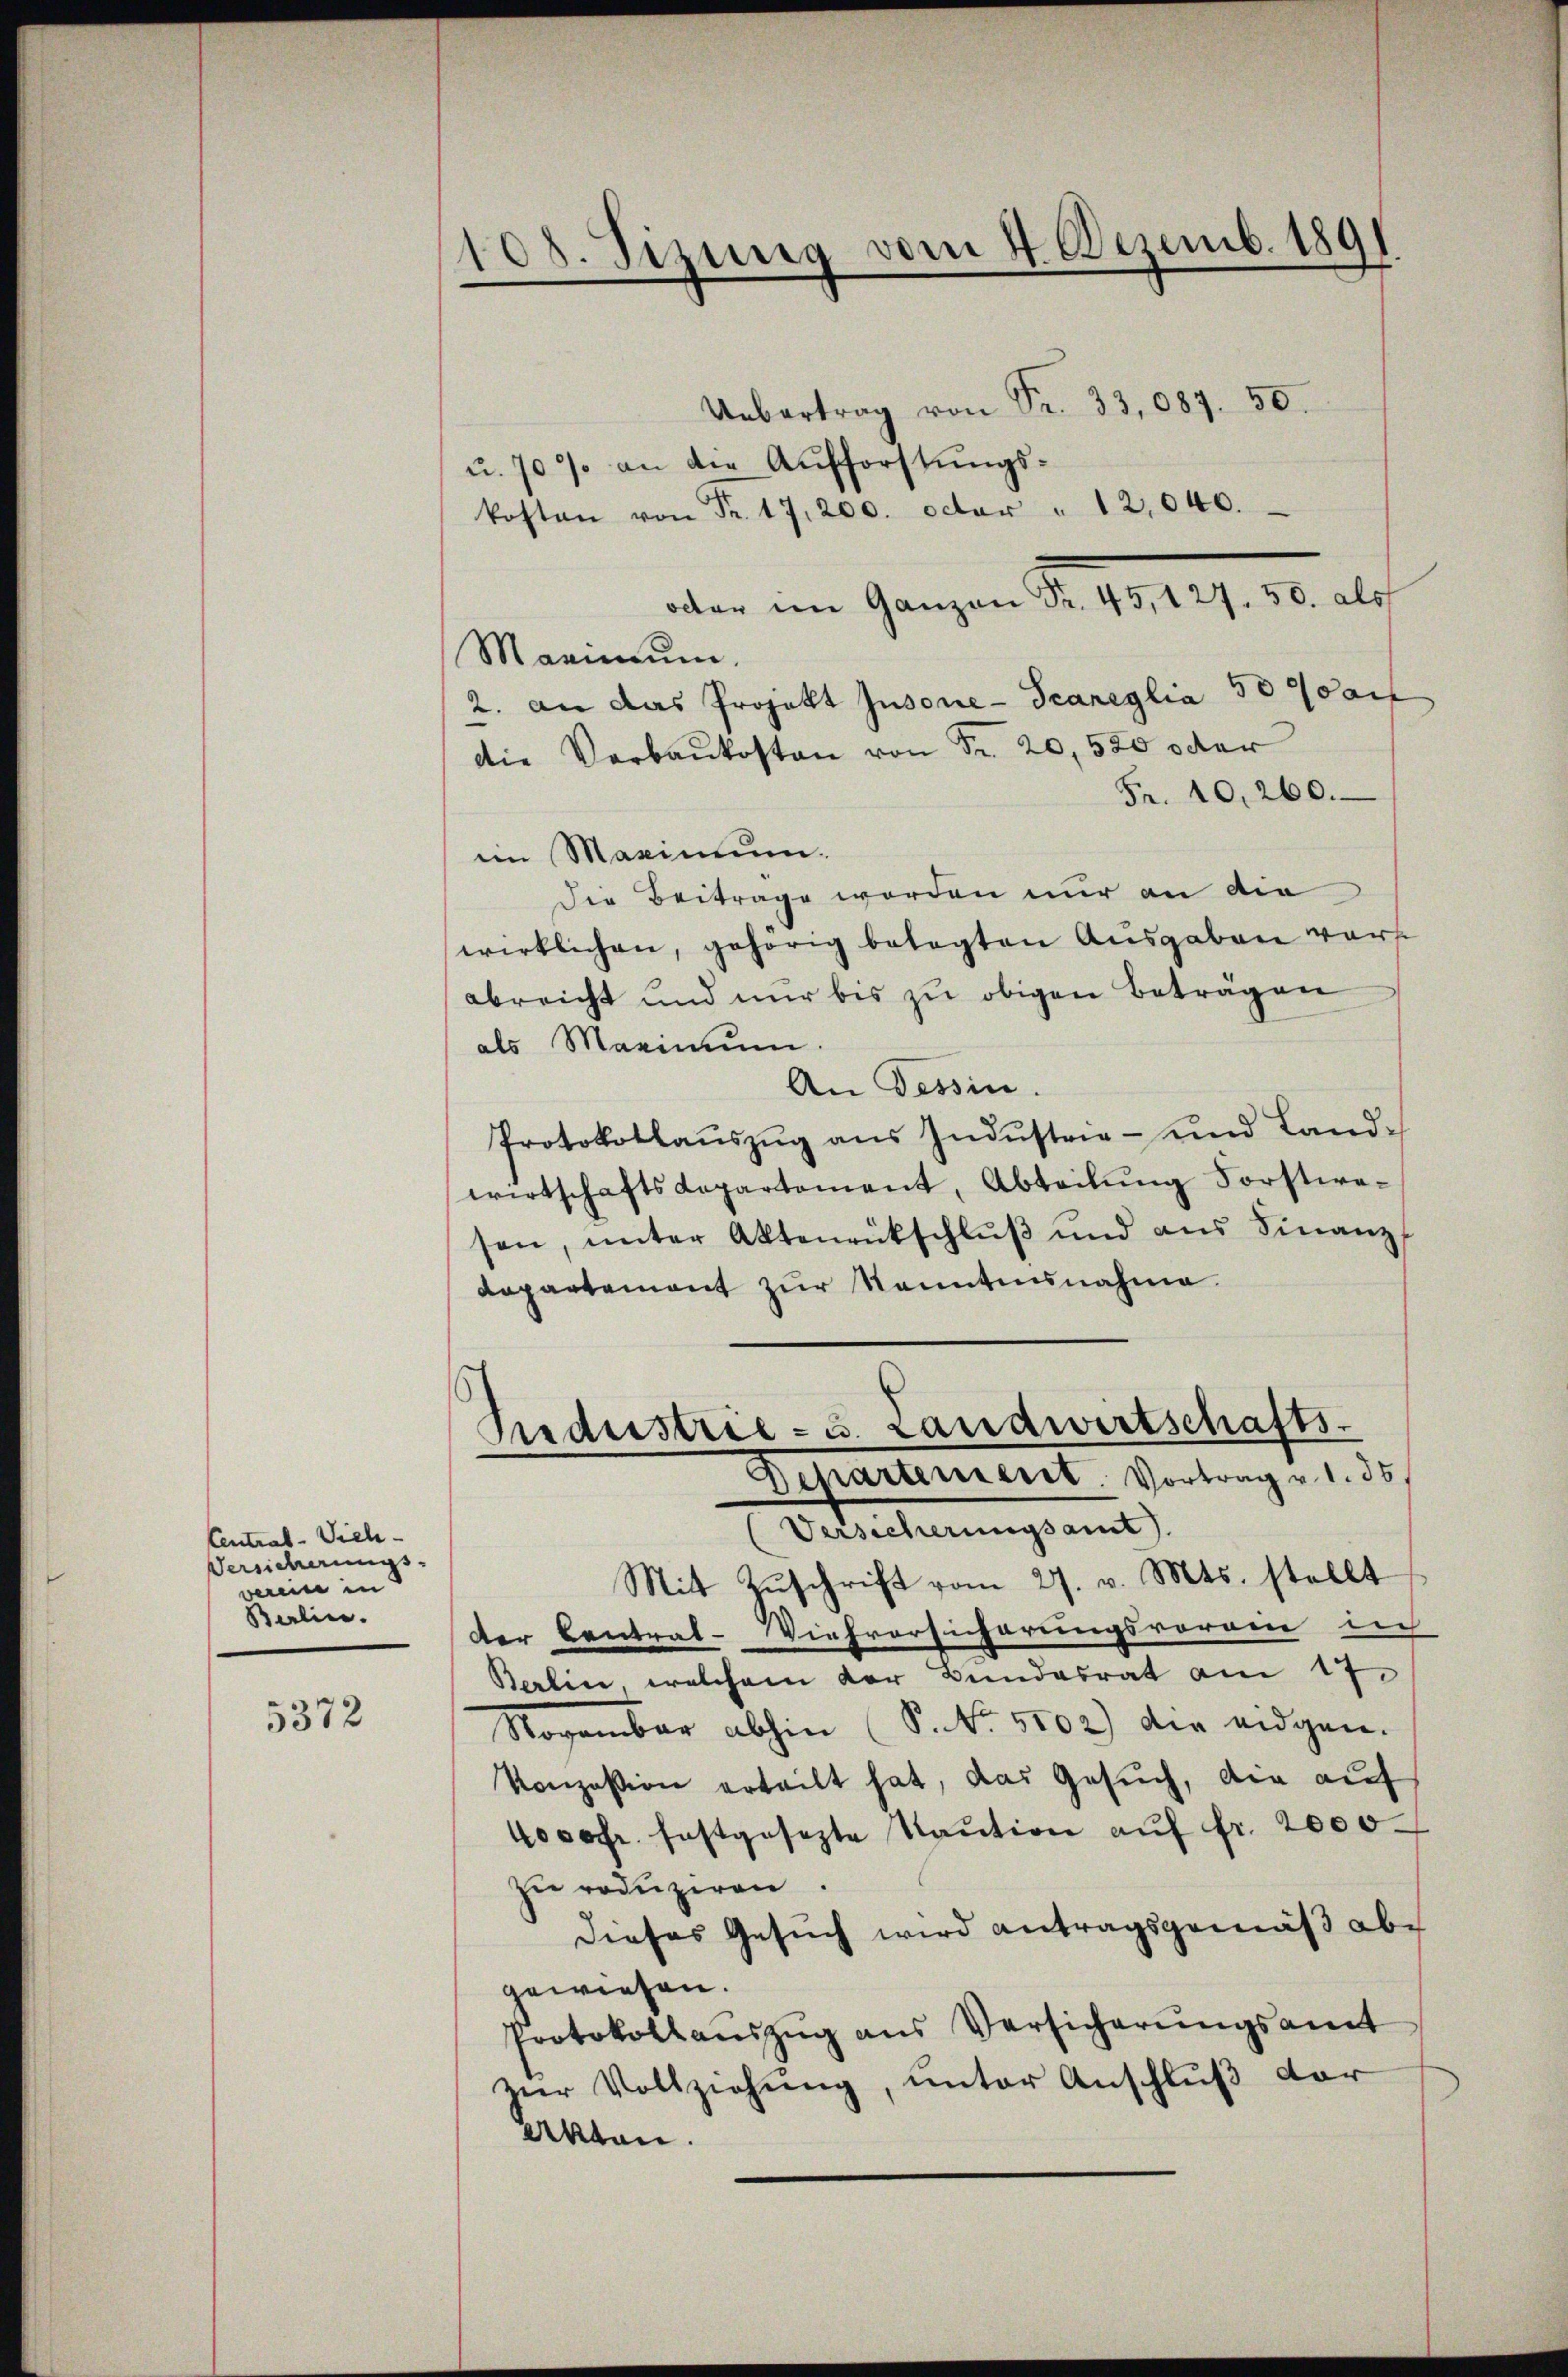
Central-Vieh-
Versicherungs-
werene in
Berlin.

5372

108. Sizung vom 4. Dezemb. 189

Uebertrag von Sr. 33,087. 50.
u. 70 % an die Aufforstungskosten von Fr. 17, 200. octor " 12,040.
octer im Ganzen Fr. 45, 127. 30. als
Maximum.
2. an das Projekt Insonie-Scaneglia 50 auf
die Verbaukosten von Fr. 20,500 oder
Fr. 10,260.
im Maximum.
Die Beitrage worden nur an die
wirklichen, gehörig belegten Ausgaben vorabreicht und nur bis zu obigen Beträgen
als Maximum.
An Tessin.
Protokollaŭszŭg aŭs Indŭstrie- und Land-
wirtschaftsdepartement, Abteilŭng Forstwesen, ŭnter Aktenrückschlŭβ und aus Finanz-
Dapartement zur Kenntnisnahme.
s
Industrie- u. Landwirtschafts-
Departement. Vortrag v. 1. 35
(Versicherungsamt
Mit Zŭschrift vom 27. v. Mts. stellt
der Central-Viehversicherungsvorgen lich
Berlin, welchem der Bundesrat am 17.
Rogambar abhin (S. Nr. 5102) die eidgen.
Konzession erteilt hat, das Gesŭch, die aŭf
4000fr. festgesezte Kaŭtion aŭf fr. 2000
zu reduziren.
Dieses Gesuch wird antragsgemäß abe
gewiesen.
Protokollaŭszŭg aŭs Versicherŭngsamt
ver Vollziehung, unter Anschluß der
Akten.